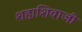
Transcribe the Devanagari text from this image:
शहाशिवाजी